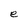
Character: e